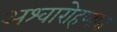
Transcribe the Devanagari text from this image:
अश्वारोहणात